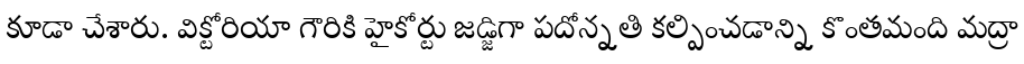
కూడా చేశారు. విక్టోరియా గౌరికి హైకోర్టు జడ్జిగా పదోన్నతి కల్పించడాన్ని కొంతమంది మద్రా